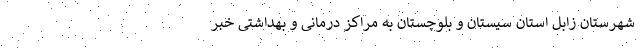
شهرستان زابل استان سیستان و بلوچستان به مراکز درمانی و بهداشتی خبر